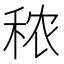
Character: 秾